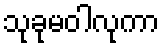
သုခုမဝါလုကာ